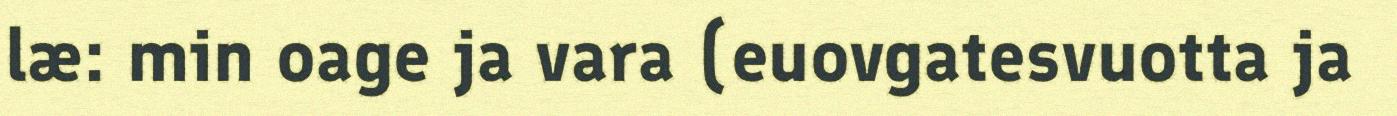
læ: min oage ja vara (euovgatesvuotta ja